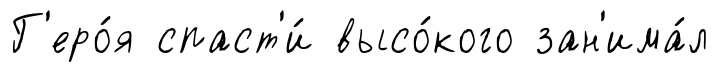
Г'еро́я спаст'и́ высо́кого зан'има́л